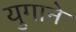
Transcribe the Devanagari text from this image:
युगाने